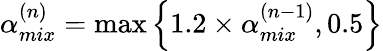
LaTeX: \alpha_{mix}^{(n)}=\operatorname*{max}\left\{ 1.2\times\alpha_{mix}^{(n-1)},0.5\right\}